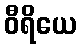
ဝီရိယေ